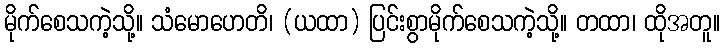
မိုက်စေသကဲ့သို့။ သံမောဟေတိ၊ (ယထာ) ပြင်းစွာမိုက်စေသကဲ့သို့။ တထာ၊ ထိုအတူ။